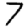
Digit: 7